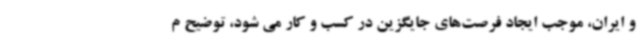
و ایران، موجب ایجاد فرصت‌های جایگزین در کسب و کار می شود، توضیح م